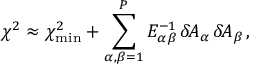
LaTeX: \chi ^ { 2 } \approx \chi _ { \mathrm { m i n } } ^ { 2 } + \sum _ { \alpha , \beta = 1 } ^ { P } E _ { \alpha \beta } ^ { - 1 } \, \delta \! A _ { \alpha } \, \delta \! A _ { \beta } \, ,